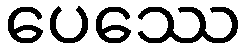
ပေဿေ